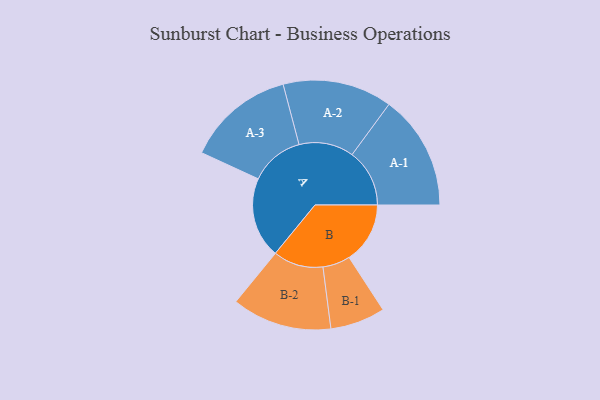
{"axis": {"x": "Segment", "y": "Value"}, "legend": ["", "A", "B"], "data": [{"x": "A", "y": 323, "type": ""}, {"x": "B", "y": 244, "type": ""}, {"x": "A-1", "y": 230, "type": "A"}, {"x": "A-2", "y": 219, "type": "A"}, {"x": "A-3", "y": 216, "type": "A"}, {"x": "B-1", "y": 110, "type": "B"}, {"x": "B-2", "y": 200, "type": "B"}]}